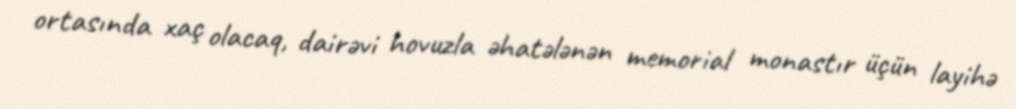
ortasında xaç olacaq, dairəvi hovuzla əhatələnən memorial monastır üçün layihə